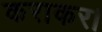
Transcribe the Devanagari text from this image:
कराकर।